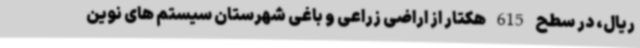
ریال، در سطح 615 هکتار از اراضی زراعی و باغی شهرستان سیستم های نوین